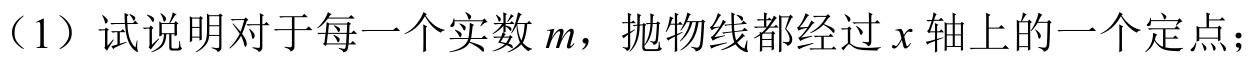
（1）试说明对于每一个实数 \(m\)，抛物线都经过 \(x\) 轴上的一个定点；